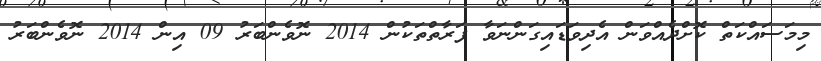
މިމަސައްކަތް ކޮށްދެއްވަން އެދިވަޑައިގަންނަވާ ފަރާތްތަކުން 2014 ނޮވެންބަރު 09 އިން 2014 ނޮވެންބަރު